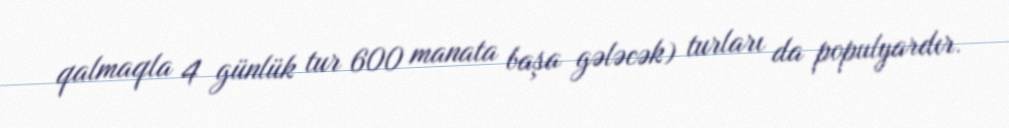
qalmaqla 4 günlük tur 600 manata başa gələcək) turları da populyardır.